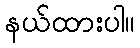
နယ်ထားပါ။